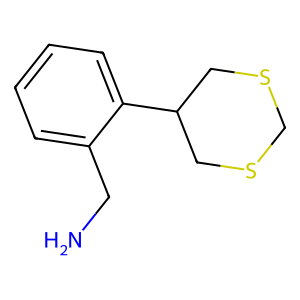
SMILES: NCc1ccccc1C1CSCSC1
Inhibits HIV replication: No